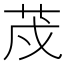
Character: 荗